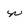
Character: n